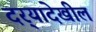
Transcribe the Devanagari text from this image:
दर्‍यादेखील